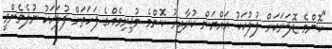
"ކޮންމެ ޑޮލަރަކަށް ފުލުހަކު އައްޔަން ކުރާއިރު ކޮންމެ މުޖިރިމެއްގެ ފަހަތަށް ފުލަހަކު ނުލެވެންވީ